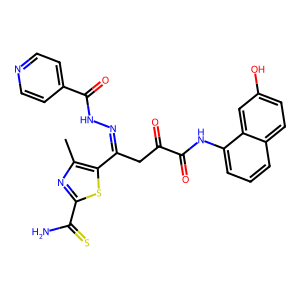
SMILES: Cc1nc(C(N)=S)sc1C(CC(=O)C(=O)Nc1cccc2ccc(O)cc12)=NNC(=O)c1ccncc1
Inhibits HIV replication: No